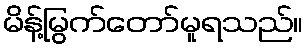
မိန့်မြွက်တော်မူရသည်။